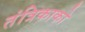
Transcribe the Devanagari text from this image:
तंत्रिकाको